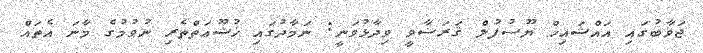
ޖަވާބުގައި އައްޝައިޚް ޔޫސުފުލް ޤަރަޟާވީ ވިދާޅުވަނީ: ނަމާދުގައި ޚުޝޫޢަތްތެރި ނުވުމުގެ މާނަ އެތައް